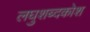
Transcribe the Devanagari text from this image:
लघुशब्दकोश